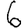
Digit: 6